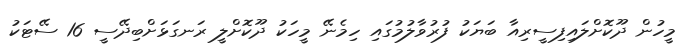
މީހުން ދޫކޮށްލައިފިސީރިއާ ބަޔަކު ފުރުވާލުމުގައި ހިމެނޭ މީހަކު ދޫކޮށްލީ ރަނގަޅަށްބިދޭސީ 16 ސޭޓަކު